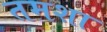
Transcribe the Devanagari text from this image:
तमशा